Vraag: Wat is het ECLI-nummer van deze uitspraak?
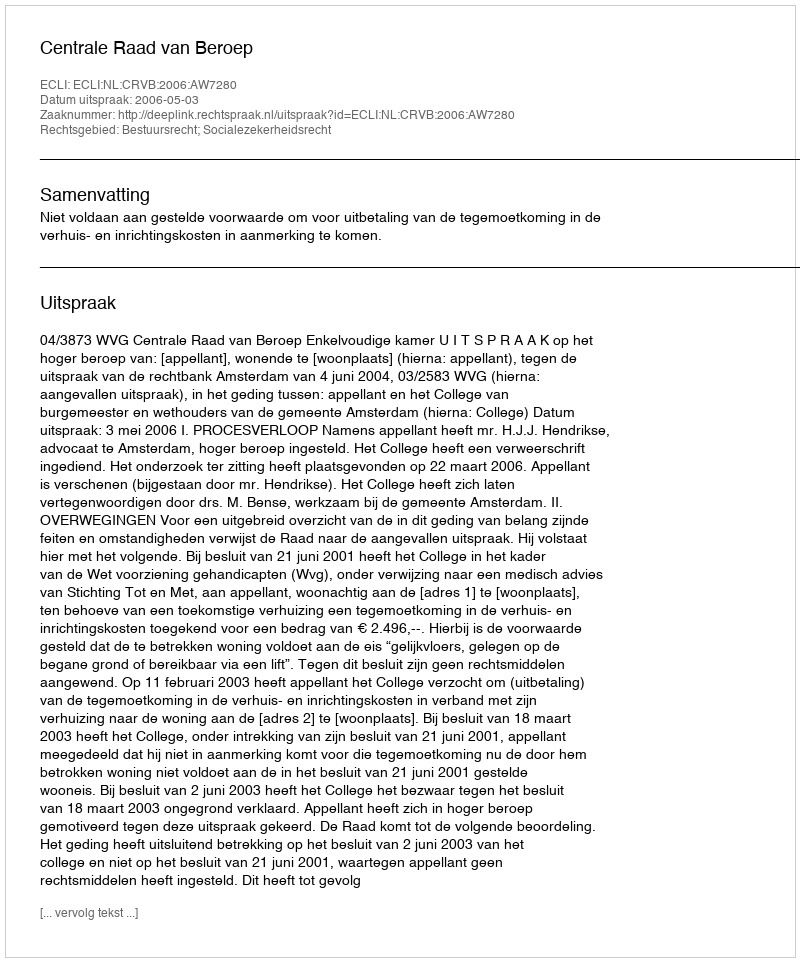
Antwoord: ECLI:NL:CRVB:2006:AW7280